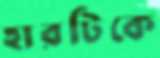
হারটিকে